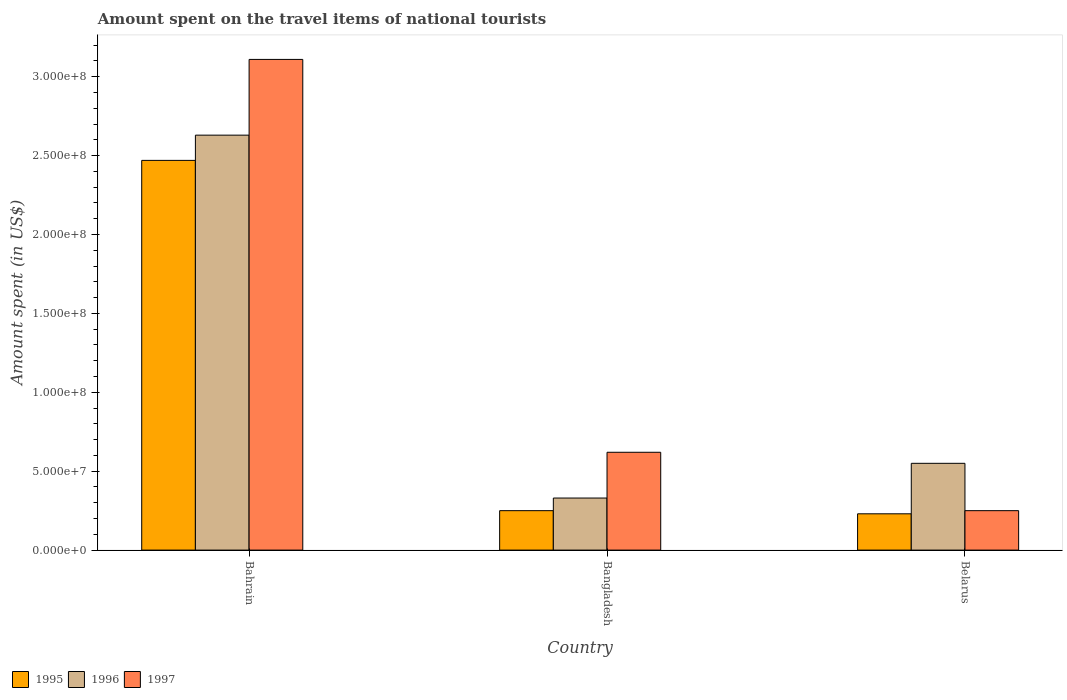
| Country | 1995 | 1996 | 1997 |
 | --- | --- | --- | --- |
 | Bahrain | 2.47e+08 | 2.63e+08 | 3.11e+08 |
 | Bangladesh | 2.5e+07 | 3.3e+07 | 6.2e+07 |
 | Belarus | 2.3e+07 | 5.5e+07 | 2.5e+07 |